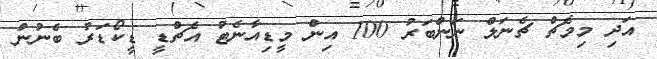
އަދި މިމެޗް ޗެނަލް ނަންބަރު 100 އިން މީޑިއާނެޓު އެޗްޑީ ޑީކޯޑަރު ބެނުން